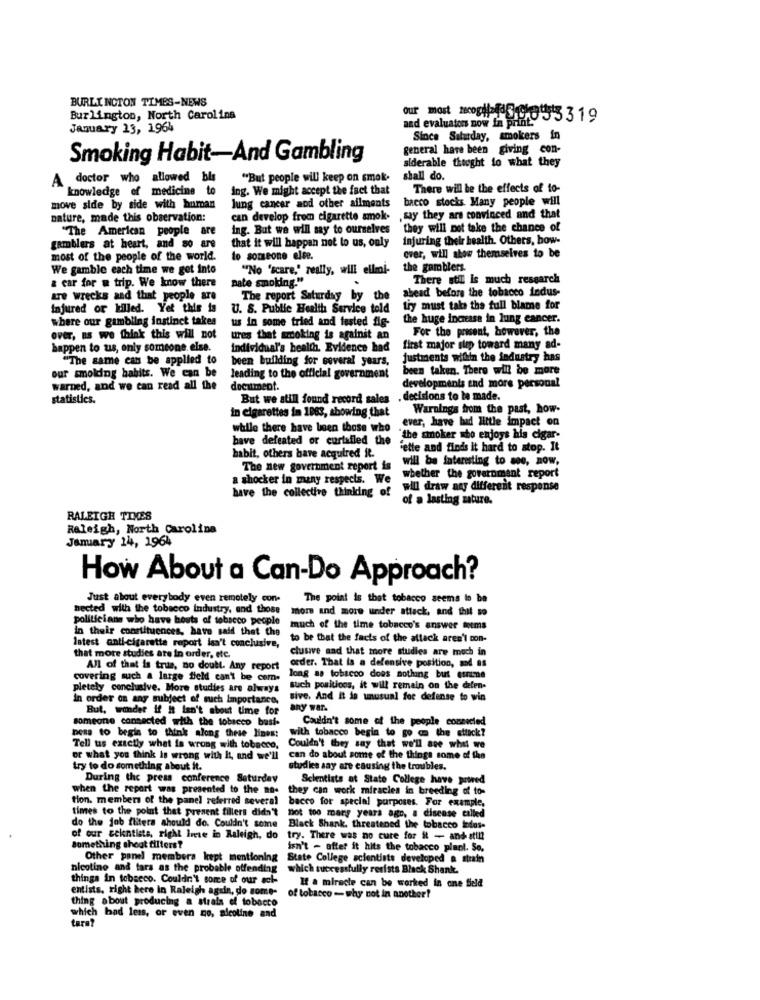
BURLINGTON TIMES-NEWS
our most recogilaid @scientists
Burlington, North Carolina
and evaluators now In Bit 3319
January 13, 1964
Since Saturday, smokers in
general have been giving con-
Smoking Habit-And Gambling
siderable theght to what they
A doctor who allowed bis
"But people will keep on smok.
shall do.
knowledge of medicine to
ing. We might accept the fact that
There will be the effects of to-
bacco stocks. Many people will
move side by side with human
lung cancer and other ailments
nature, made this observation:
can develop from cigarette amok-
,say they are convinced and that
ing. But we will say to ourselves
they will not take the chance of
"The American people are
that it will happen not to us, only
injuring their health. Others, bow-
gamblers at heart, and so are
most of the people of the world.
to someone else
over, will show themselves to be
We gamble each time we get into
""No 'scare," really, will ellmi-
the gamblers.
& car for @ trip. We know there
There stil is much research
nate smoking."
tre wrecks and that people are
The report Saturday by the
ahead before the tobacco indus-
injured or killed. Yet this is
U. S. Public Health Service told
try must take the full blame for
where our gambling instinct takes
us in some tried and tested fig-
the huge increase in lung cancer.
For the present, however, the
over, as we think this will not
ures that smoking is against an
happen to us, only someone else.
individual's health. Evidence had
first major step toward many ad-
"The same can be applied to
been building for several years,
justments within the industry has
our smolding habits. We can be
been taken. There will be more
leading to the official government
developments and more personal
warned, and we can read all the
document.
statistics.
But we still found record sales , decisions to be made.
in cigarettes in 1963, showing that
Warnings from the past, how-
ever, have had little impact on
while there have been those who
have defeated or curtafled the
"the smoker who enjoys his cigar-
'ette and finds it hard to stop. It
habit, others have acquired it.
will be interesting to moe, now,
The new government report is
a shocker in many respects. We
whether the government report
have the collective thinking of
will draw any different response
of a lasting mature.
RALEIGH TINES
Raleigh, North Carolina
January 14, 1964
How About a Can-Do Approach?
Just about everybody even remotely con-
The point is that tobacco seems to be
nected with the tobacco industry, and those
more and more under attack, and that so
politicians who have bouts of tobacco people
in their constituences, have said that the
much of the time tobacco's answer meems
to be that the facts of the attack aren't con-
latest anti-cigarette report isn't conclusive,
clusive and that more studies are much in
that more studies are in order, etc.
All of that is true, no doubt. Any report
order. That is a defensive position, mod as
covering such a large field can't be com.
long as tobacco does nothing but eure
pletely conclusive. More studies are always such positions, it will remain on the defen-
in order on any subject of such Importance,
sive. And It is unusual foc defense to win
But, wonder if It isn't about time for
any war.
someone connected with the tobacco basi-
Couldn't some of the people connected
Dess to begin to think along these lines:
with tobacco begin to go on the attack?
Tell us exactly what is wrong with tobacco,
Couldn't they say that we'll see what we
or what you think Is wrong with It, and we'll
can do about some of the things some of the
try to do something about it.
studies say are causing the troubles.
During the press conference Saturday
Scientists at State College have proved
when the report was presented to the no. they can work miracles in breeding of to-
tion. members of the panel referred several
bacco for special purposes. For example,
times to the point that present fillers didn't not too many years ago, a disease called
do the job fliters should do. Couldn't some Black Shank, threatened the tobacco lados-
of our cekntiste, right inese in Raleigh, do
try. There was no cure for it - and stin
Something shoot filters?
isn't - after it hits the tobacco planl. Se.
Other panel members kept mentioning State College scientists developed a strain
nicotine and tars as the probable offending
which successfully rerists Black Shank.
things in tobseco. Couldn't some of our ecf-
entists, right here in Raleigh again, do some-
If a miracle can be worked in one field
thing about producing a strais of tobacco
of tobacco - why not in another?
tara?
which had less, or even no, nicoline and